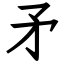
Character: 矛